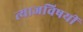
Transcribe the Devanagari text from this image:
त्याजविषयीं